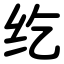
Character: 纥